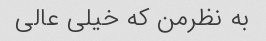
به نظرمن که خیلی عالی